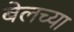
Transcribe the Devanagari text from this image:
बेलच्या